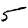
Digit: 5